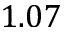
1 . 0 7